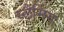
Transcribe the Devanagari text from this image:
स्लैमिंग